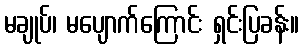
မချုပ်၊ မပျောက်ကြောင်း ရှင်းပြခန်း။